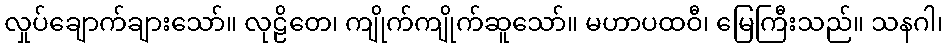
လှုပ်ချောက်ချားသော်။ လုဠိတေ၊ ကျိုက်ကျိုက်ဆူသော်။ မဟာပထဝီ၊ မြေကြီးသည်။ သနဂါ၊